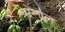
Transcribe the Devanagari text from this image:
परेलाल